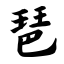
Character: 琶